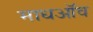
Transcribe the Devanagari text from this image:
माधऑव